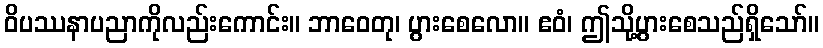
ဝိပဿနာပညာကိုလည်းကောင်း။ ဘာဝေတု၊ ပွားစေလော။ ဧဝံ၊ ဤသို့ပွားစေသည်ရှိသော်။